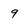
Character: q